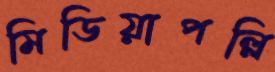
মিডিয়াপল্লি